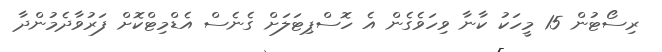
ރިސޯޓުން 15 މީހަކު ކާނާ ވިހަވެގެން އެ ހޮސްޕިޓަލަށް ގެނެސް އެޑްމިޓްކޮށް ފަރުވާދެމުންދާ